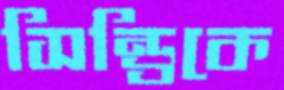
সিন্ড্রিকে